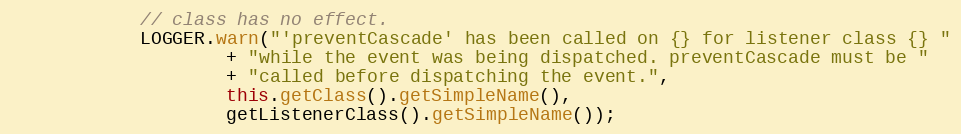
Language: Java
            // class has no effect.
            LOGGER.warn("'preventCascade' has been called on {} for listener class {} "
                    + "while the event was being dispatched. preventCascade must be "
                    + "called before dispatching the event.",
                    this.getClass().getSimpleName(),
                    getListenerClass().getSimpleName());